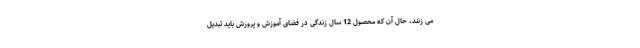
می زنند، حال آن که محصول 12 سال زندگی در فضای آموزش و پرورش باید تبدیل